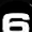
Digit: 6